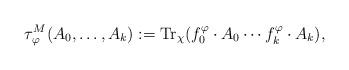
LaTeX: \begin{align*}\tau^M_\varphi (A_0,\ldots,A_k):={\rm Tr}_\chi (f^\varphi_0\cdot A_0\cdots f^\varphi_k\cdot A_k),\end{align*}